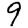
Digit: 9